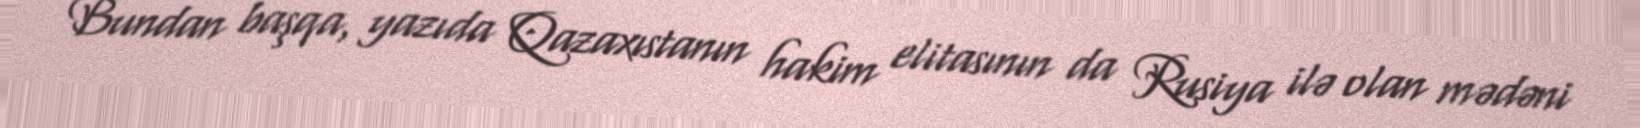
Bundan başqa, yazıda Qazaxıstanın hakim elitasının da Rusiya ilə olan mədəni